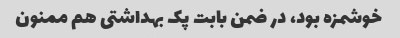
خوشمزه بود، در ضمن بابت پک بهداشتی هم ممنون